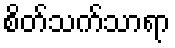
စိတ်သက်သာရာ